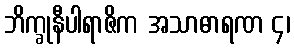
ဘိက္ခုနီပါရာဇိက အသာဓာရဏ ၄၊